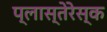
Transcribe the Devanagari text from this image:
प्लास्तेरेस्क